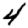
Digit: 4